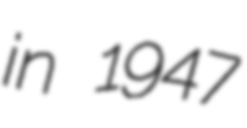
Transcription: in 1947